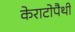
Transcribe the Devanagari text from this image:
केराटोपैथी